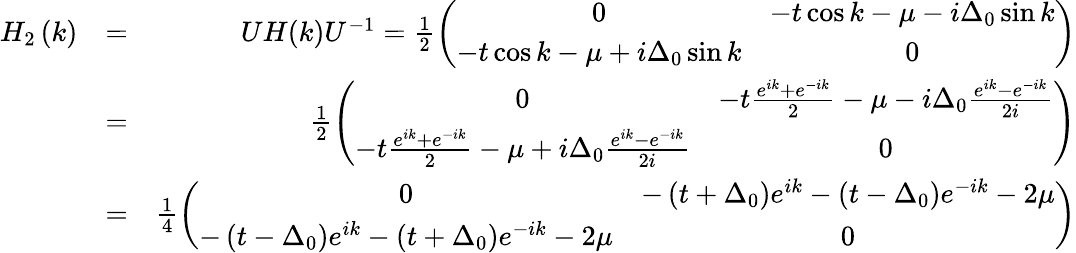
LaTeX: \begin{array}{rlr}{H_{2}\left(k\right)}&{=}&{UH(k)U^{-1}=\frac{1}{2}\left(\begin{array}{cc}{0}&{-t\cos k-\mu-i\Delta_{0}\sin k}\\ {-t\cos k-\mu+i\Delta_{0}\sin k}&{0}\end{array}\right)}\\ &{=}&{\frac{1}{2}\left(\begin{array}{cc}{0}&{-t\frac{e^{ik}+e^{-ik}}{2}-\mu-i\Delta_{0}\frac{e^{ik}-e^{-ik}}{2i}}\\ {-t\frac{e^{ik}+e^{-ik}}{2}-\mu+i\Delta_{0}\frac{e^{ik}-e^{-ik}}{2i}}&{0}\end{array}\right)}\\ &{=}&{\frac{1}{4}\left(\begin{array}{cc}{0}&{-\left(t+\Delta_{0}\right)e^{ik}-\left(t-\Delta_{0}\right)e^{-ik}-2\mu}\\ {-\left(t-\Delta_{0}\right)e^{ik}-\left(t+\Delta_{0}\right)e^{-ik}-2\mu}&{0}\end{array}\right)}\end{array}